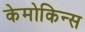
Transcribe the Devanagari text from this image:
केमोकिन्स